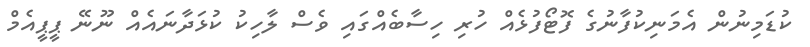
ކުޑަމިނުން އެމަނިކުފާނުގެ ފޮޓޯފުޅެއް ހުރި ހިސާބެއްގައި ވެސް ލާހިކު ކުޅަދާނައެއް ނޫނޭ ޕީޕީއެމް